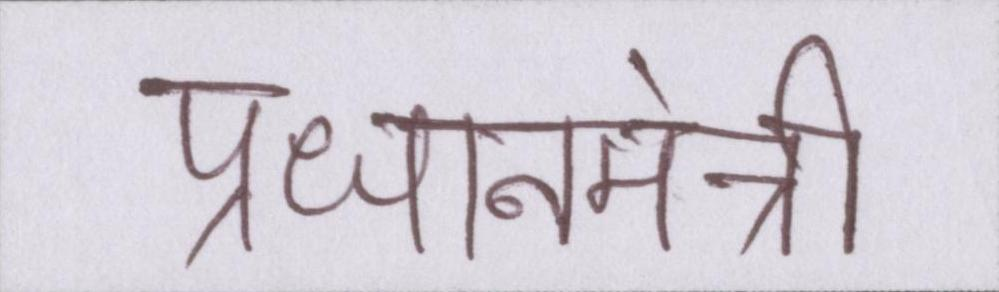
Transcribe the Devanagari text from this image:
प्रधानमंत्री